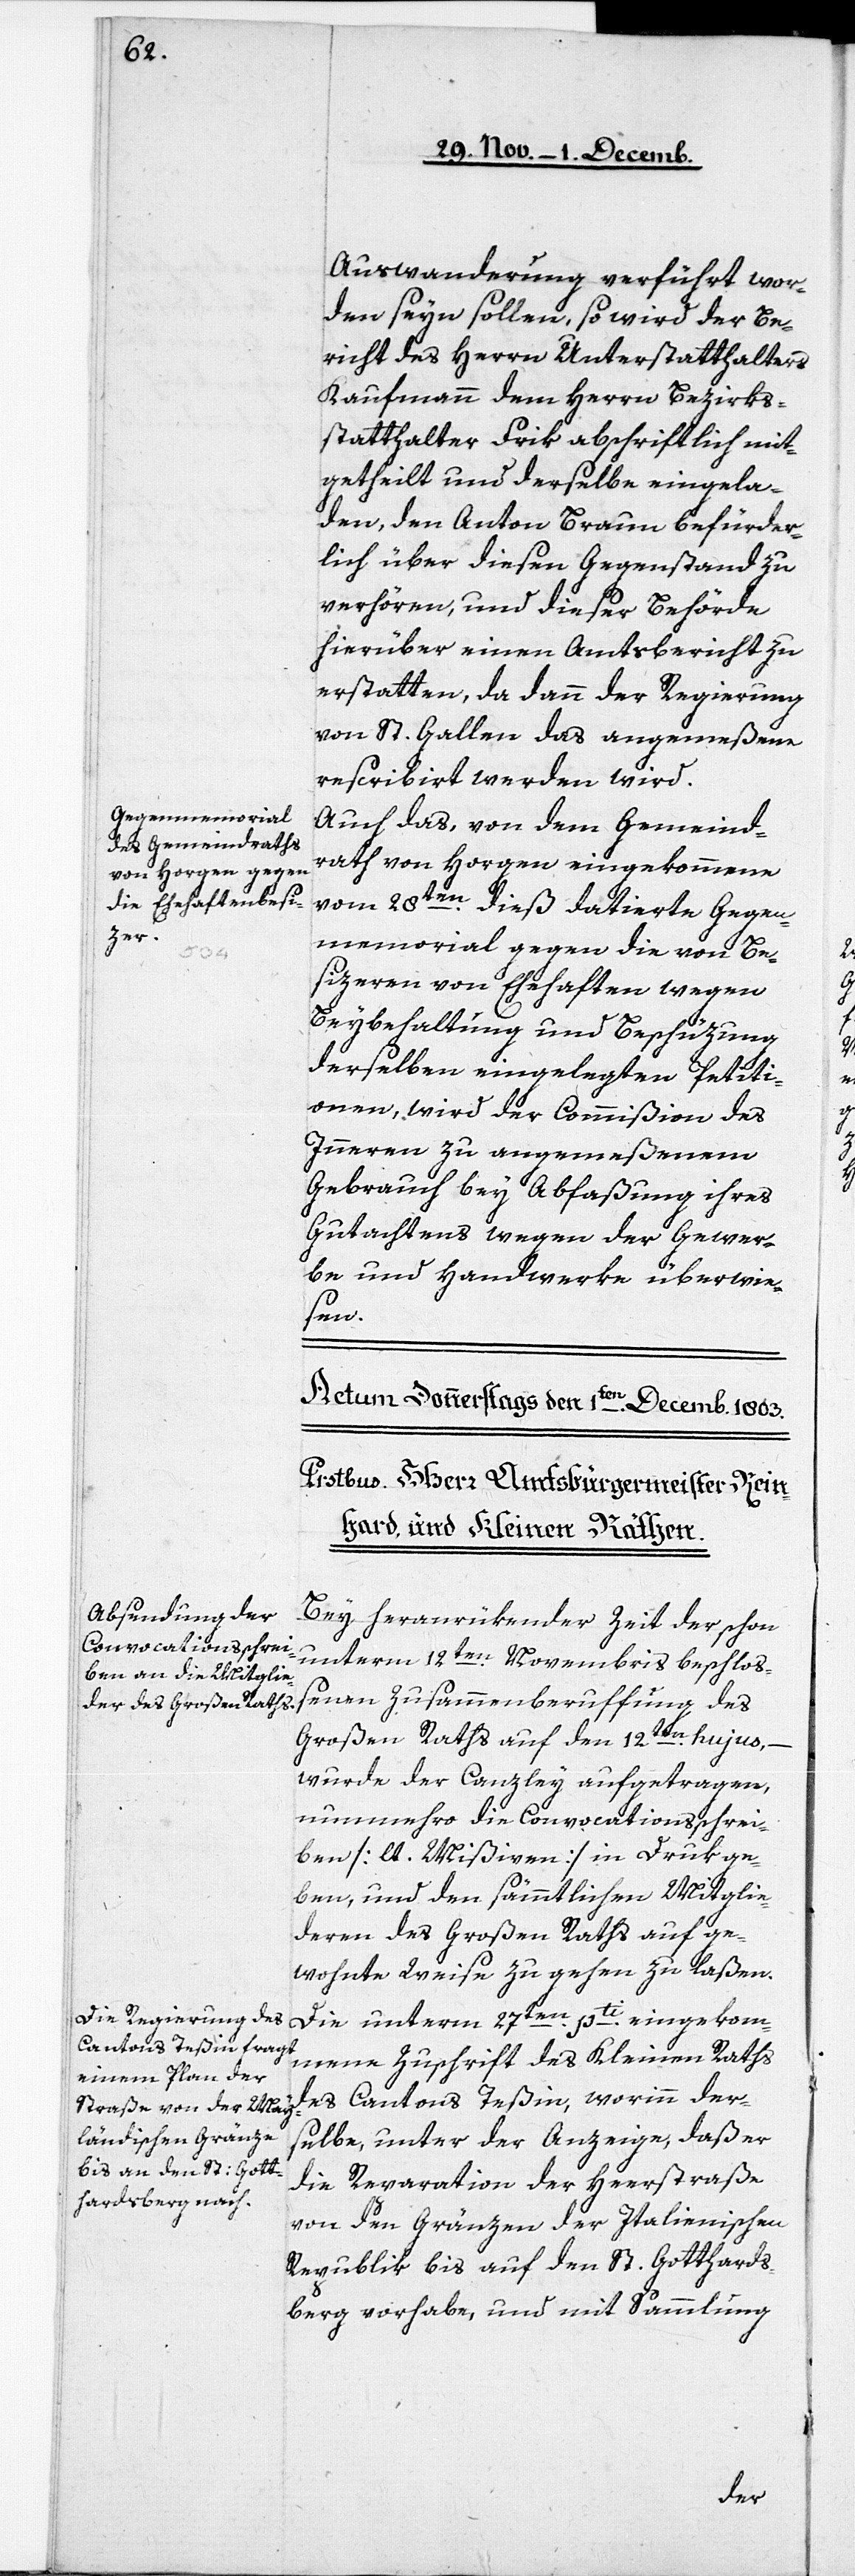
Auswanderung verführt wor¬
den seyn sollen, so wird der Be¬
richt des Herrn Unterstatthalters
Kaufmann dem Herrn Bezirks¬
statthalter Frik abschriftlich mit¬
getheilt und derselbe eingela¬
den, den Anton Braun befürder¬
lich über diesen Gegenstand zu
verhören, und dieser Behörde
hierüber einen Amtsbericht zu
erstatten, da dann der Regierung
von St. Gallen das angemeßene
rescribiert werden wird.
Auch das, von dem Gemeind¬
rath von Horgen eingekommene
vom 28ten. dieß datierte Gegen¬
memorial gegen die von Be¬
sizeren von Ehehaften wegen
Beybehaltung und Beschüzung
derselben eingelegten Petiti¬
onen, wird der Commißion des
Inneren zu angemeßenem
Gebrauch bey Abfaßung ihres
Gutachtens wegen der Gewer¬
be und Handwerke überwie¬
sen.
Bey heranrükender Zeit der schon
unterm 12ten. Novembris beschloß¬
enen Zusammenberuffung des
Großen Raths auf den 12ten. hujus, –
wurde der Canzley aufgetragen,
nunmehro die Convocationsschrei¬
ben [lt. Mißiven] in Druk ge¬
ben, und den sämmtlichen Mitglie¬
deren des Großen Raths auf ge¬
wohnte Weise zu gehen zu laßen.
Die unterm 27ten. pti eingekom¬
mene Zuschrift des Kleinen Raths
des Cantons Teßin, worinn der¬
selbe, unter der Anzeige, daß er
die Reparation der Heerstraße
von den Gränzen der Italienischen
Republik bis auf den St. Gotthards¬
berg vorhabe, und mit Sammlung